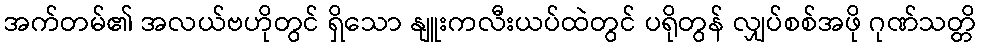
အက်တမ်၏ အလယ်ဗဟိုတွင် ရှိသော နျူးကလီးယပ်ထဲတွင် ပရိုတွန် လျှပ်စစ်အဖို ဂုဏ်သတ္တိ